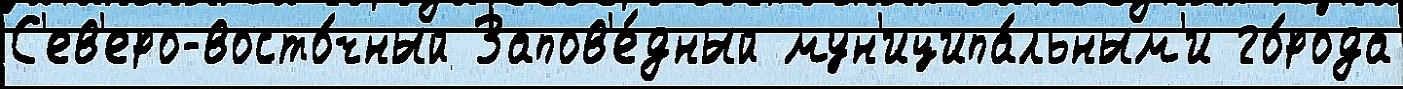
С'ев'еро-восто́чный Запов'е́дный мун'иципа́льным'и го́рода